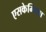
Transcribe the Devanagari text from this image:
एसकेम्बिया